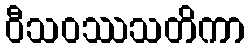
ဝီသဝဿသတိကာ